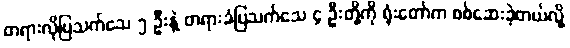
တရားလိုပြသက်သေ ၅ ဦးနဲ့ တရားခံပြသက်သေ ၄ ဦးတို့ကို ရုံးတော်က စစ်ဆေးခဲ့တယ်လို့